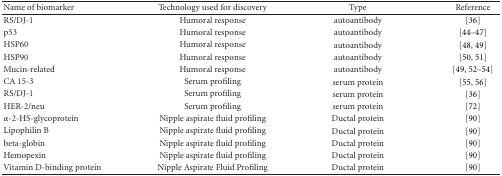
| Name of biomarker | Technology used for discovery | Type | Reference |
 | --- | --- | --- | --- |
 | RS/DJ-1 | Humoral response | autoantibody | [36] |
 | p53 | Humoral response | autoantibody | [44–47] |
 | HSP60 | Humoral response | autoantibody | [48, 49] |
 | HSP90 | Humoral response | autoantibody | [50, 51] |
 | Mucin-related | Humoral response | autoantibody | [49, 52–54] |
 | CA 15-3 | Serum profiling | serum protein | [55, 56] |
 | RS/DJ-1 | Serum profiling | serum protein | [36] |
 | HER-2/neu | Serum profiling | serum protein | [72] |
 | α-2-HS-glycoprotein | Nipple aspirate fluid profiling | Ductal protein | [90] |
 | Lipophilin B | Nipple aspirate fluid profiling | Ductal protein | [90] |
 | beta-globin | Nipple aspirate fluid profiling | Ductal protein | [90] |
 | Hemopexin | Nipple aspirate fluid profiling | Ductal protein | [90] |
 | Vitamin D-binding protein | Nipple Aspirate Fluid Profiling | Ductal protein | [90] |